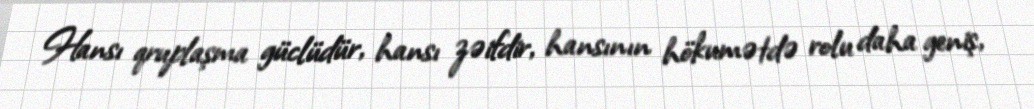
Hansı qruplaşma güclüdür, hansı zəifdir, hansının hökumətdə rolu daha geniş,